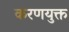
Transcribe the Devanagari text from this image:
करणयुक्त